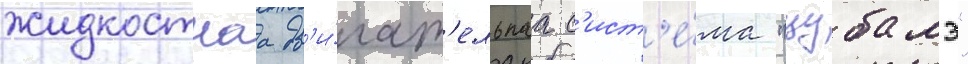
жидкостнаа дв'и́гат'ельнаа с'ист'е́ма "цубамэ"